Scientific memoirs by medical officers of the Army of India - Part VIII,
Year: 1894
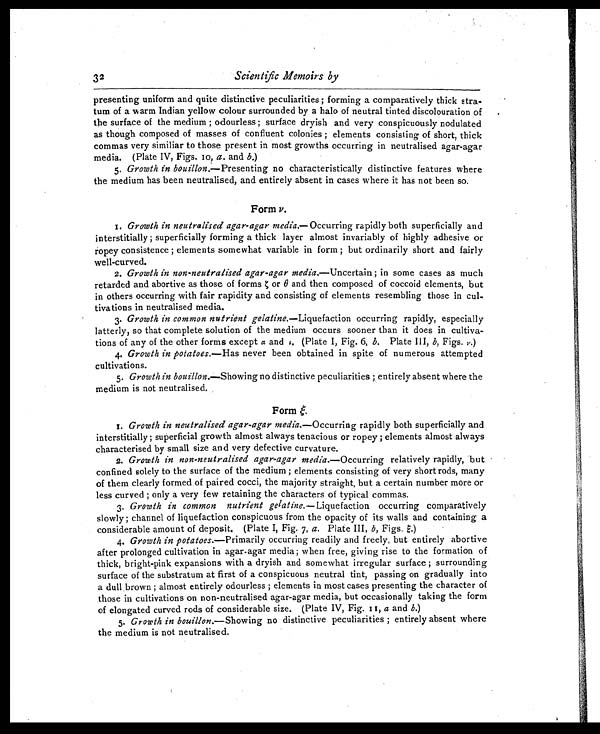
3 2
Scientific Memoirs by
presenting uniform and quite distinctive peculiarities ; forming a comparatively thick stra-
tum of a warm Indian yellow colour surrounded by a halo of neutral tinted discolouration of
the surface of the medium ; odourless ; surface dryish and very conspicuously nodulated
as though composed of masses of confluent colonies ; elements consisting of short, thick
commas very similiar to those present in most growths occurring in neutralised agar-agar
media. (Plate IV, Figs. 10, a . and b.)
5. Growth in bouillon.—Presenting no characteristically distinctive features where
the medium has been neutralised, and entirely absent in cases where it has not been so.
Form v .
1. Growth in neutralised agar-agar media. —Occurring rapidly both superficially and
interstitially ; superficially forming a thick layer almost invariably of highly adhesive or
ropey consistence ; elements somewhat variable in form ; but ordinarily short and fairly
well-curved.
2. Growth in non-neutralised agar-agar media. —Uncertain ; in some cases as much
retarded and abortive as those of forms ζ o r
θ a n d t h e n c o m p o s e d o f c o c c o i d e l e m e n t s , b u t
in others occurring with fair rapidity and consisting of elements resembling those in cul-
tivations in neutralised media.
3. Growth in common nutrient gelatine.—Liquefaction occurring rapidly, especially
latterly, so that complete solution of the medium occurs sooner than it does in cultiva-
tions of any of the other forms except α and ι. (Plate I, Fig. 6, b . Plate III, b, Figs. v.)
4. Growth in potatoes. —Has never been obtained in spite of numerous attempted
cultivations.
5. Growth in bouillon. —Showing no distinctive peculiarities ; entirely absent where the
medium is not neutralised.
Form ξ.
1. Growth in neutralised agar-agar media. —Occurring rapidly both superficially and
interstitially ; superficial growth almost always tenacious or ropey ; elements almost always
characterised by small size and very defective curvature.
2. Growth in non-neutralised agar-agar media. —Occurring relatively rapidly, but
confined solely to the surface of the medium ; elements consisting of very short rods, many
of them clearly formed of paired cocci, the majority straight, but a certain number more or
less curved ; only a very few retaining the characters of typical commas.
3. Growth in common nutrient gelatine.—Liquefaction occurring comparatively
slowly ; channel of liquefaction conspicuous from the opacity of its walls and containing a
considerable amount of deposit. (Plate I, Fig. 7, a . Plate III, b, Figs. ξ . )
4. Growth in potatoes. —Primarily occurring readily and freely, but entirely abortive
after prolonged cultivation in agar-agar media ; when free, giving rise to the formation of
thick, bright-pink expansions with a dryish and somewhat irregular surface ; surrounding
surface of the substratum at first of a conspicuous neutral tint, passing on gradually into
a dull brown ; almost entirely odourless ; elements in most cases presenting the character of
those in cultivations on non-neutralised agar-agar media, but occasionally taking the form
of elongated curved rods of considerable size. (Plate IV, Fig. 11, a and b .)
5. Growth in bouillon. —Showing no distinctive peculiarities ; entirely absent where
the medium is not neutralised.